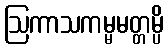
ဩကာသကမ္မမတ္တမ္ပိ